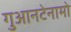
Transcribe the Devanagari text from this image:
गुआनटेनामो